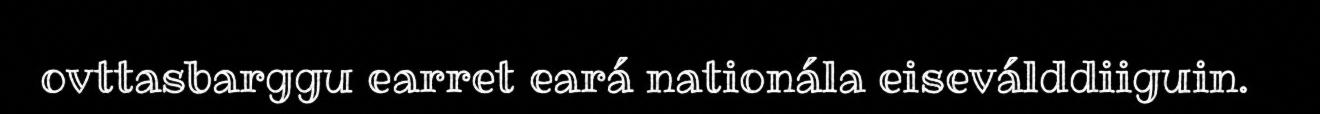
ovttasbarggu earret eará nationála eiseválddiiguin.